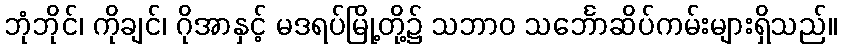
ဘုံဘိုင်၊ ကိုချင်၊ ဂိုအာနှင့် မဒရပ်မြို့တို့၌ သဘာဝ သင်္ဘောဆိပ်ကမ်းများရှိသည်။